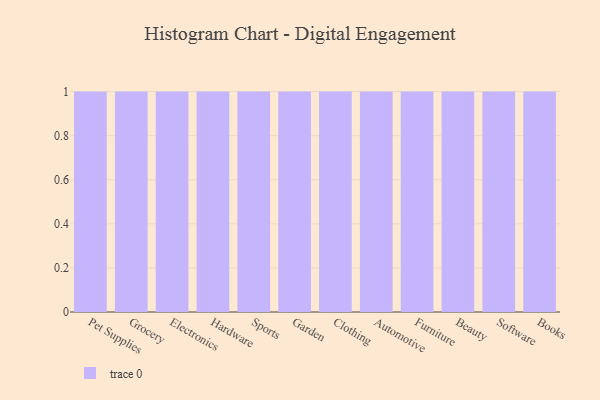
{"axis": {"x": "Category", "y": "Page Views"}, "legend": [""], "data": [{"x": "Pet Supplies", "y": 59, "type": ""}, {"x": "Grocery", "y": 30, "type": ""}, {"x": "Electronics", "y": 37, "type": ""}, {"x": "Hardware", "y": 98, "type": ""}, {"x": "Sports", "y": 79, "type": ""}, {"x": "Garden", "y": 69, "type": ""}, {"x": "Clothing", "y": 6, "type": ""}, {"x": "Automotive", "y": 92, "type": ""}, {"x": "Furniture", "y": 33, "type": ""}, {"x": "Beauty", "y": 9, "type": ""}, {"x": "Software", "y": 82, "type": ""}, {"x": "Books", "y": 79, "type": ""}]}